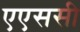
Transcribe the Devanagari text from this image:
एएससी